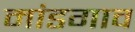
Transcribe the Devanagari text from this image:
मांडगाव